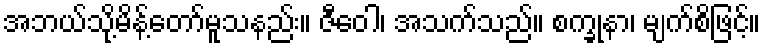
အဘယ်သို့မိန့်တော်မူသနည်း။ ဇီဝေါ၊ အသက်သည်။ စက္ခုနာ၊ မျက်စိဖြင့်။